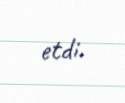
etdi.